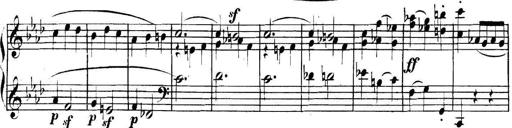
Title: Collected Piano Sonatas
Composer: Muzio Clementi